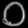
Digit: ၀